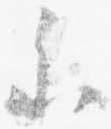
参